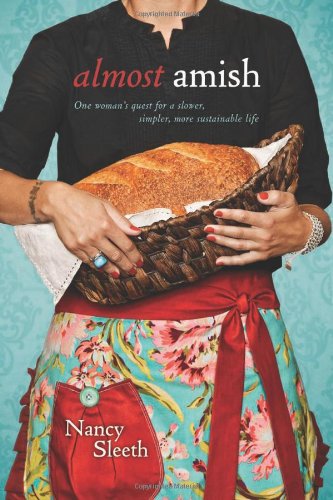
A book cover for Almost Amish: One Woman's Quest for a Slower, Simpler, More Sustainable Life; Nancy Sleeth; Christian Books & Bibles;